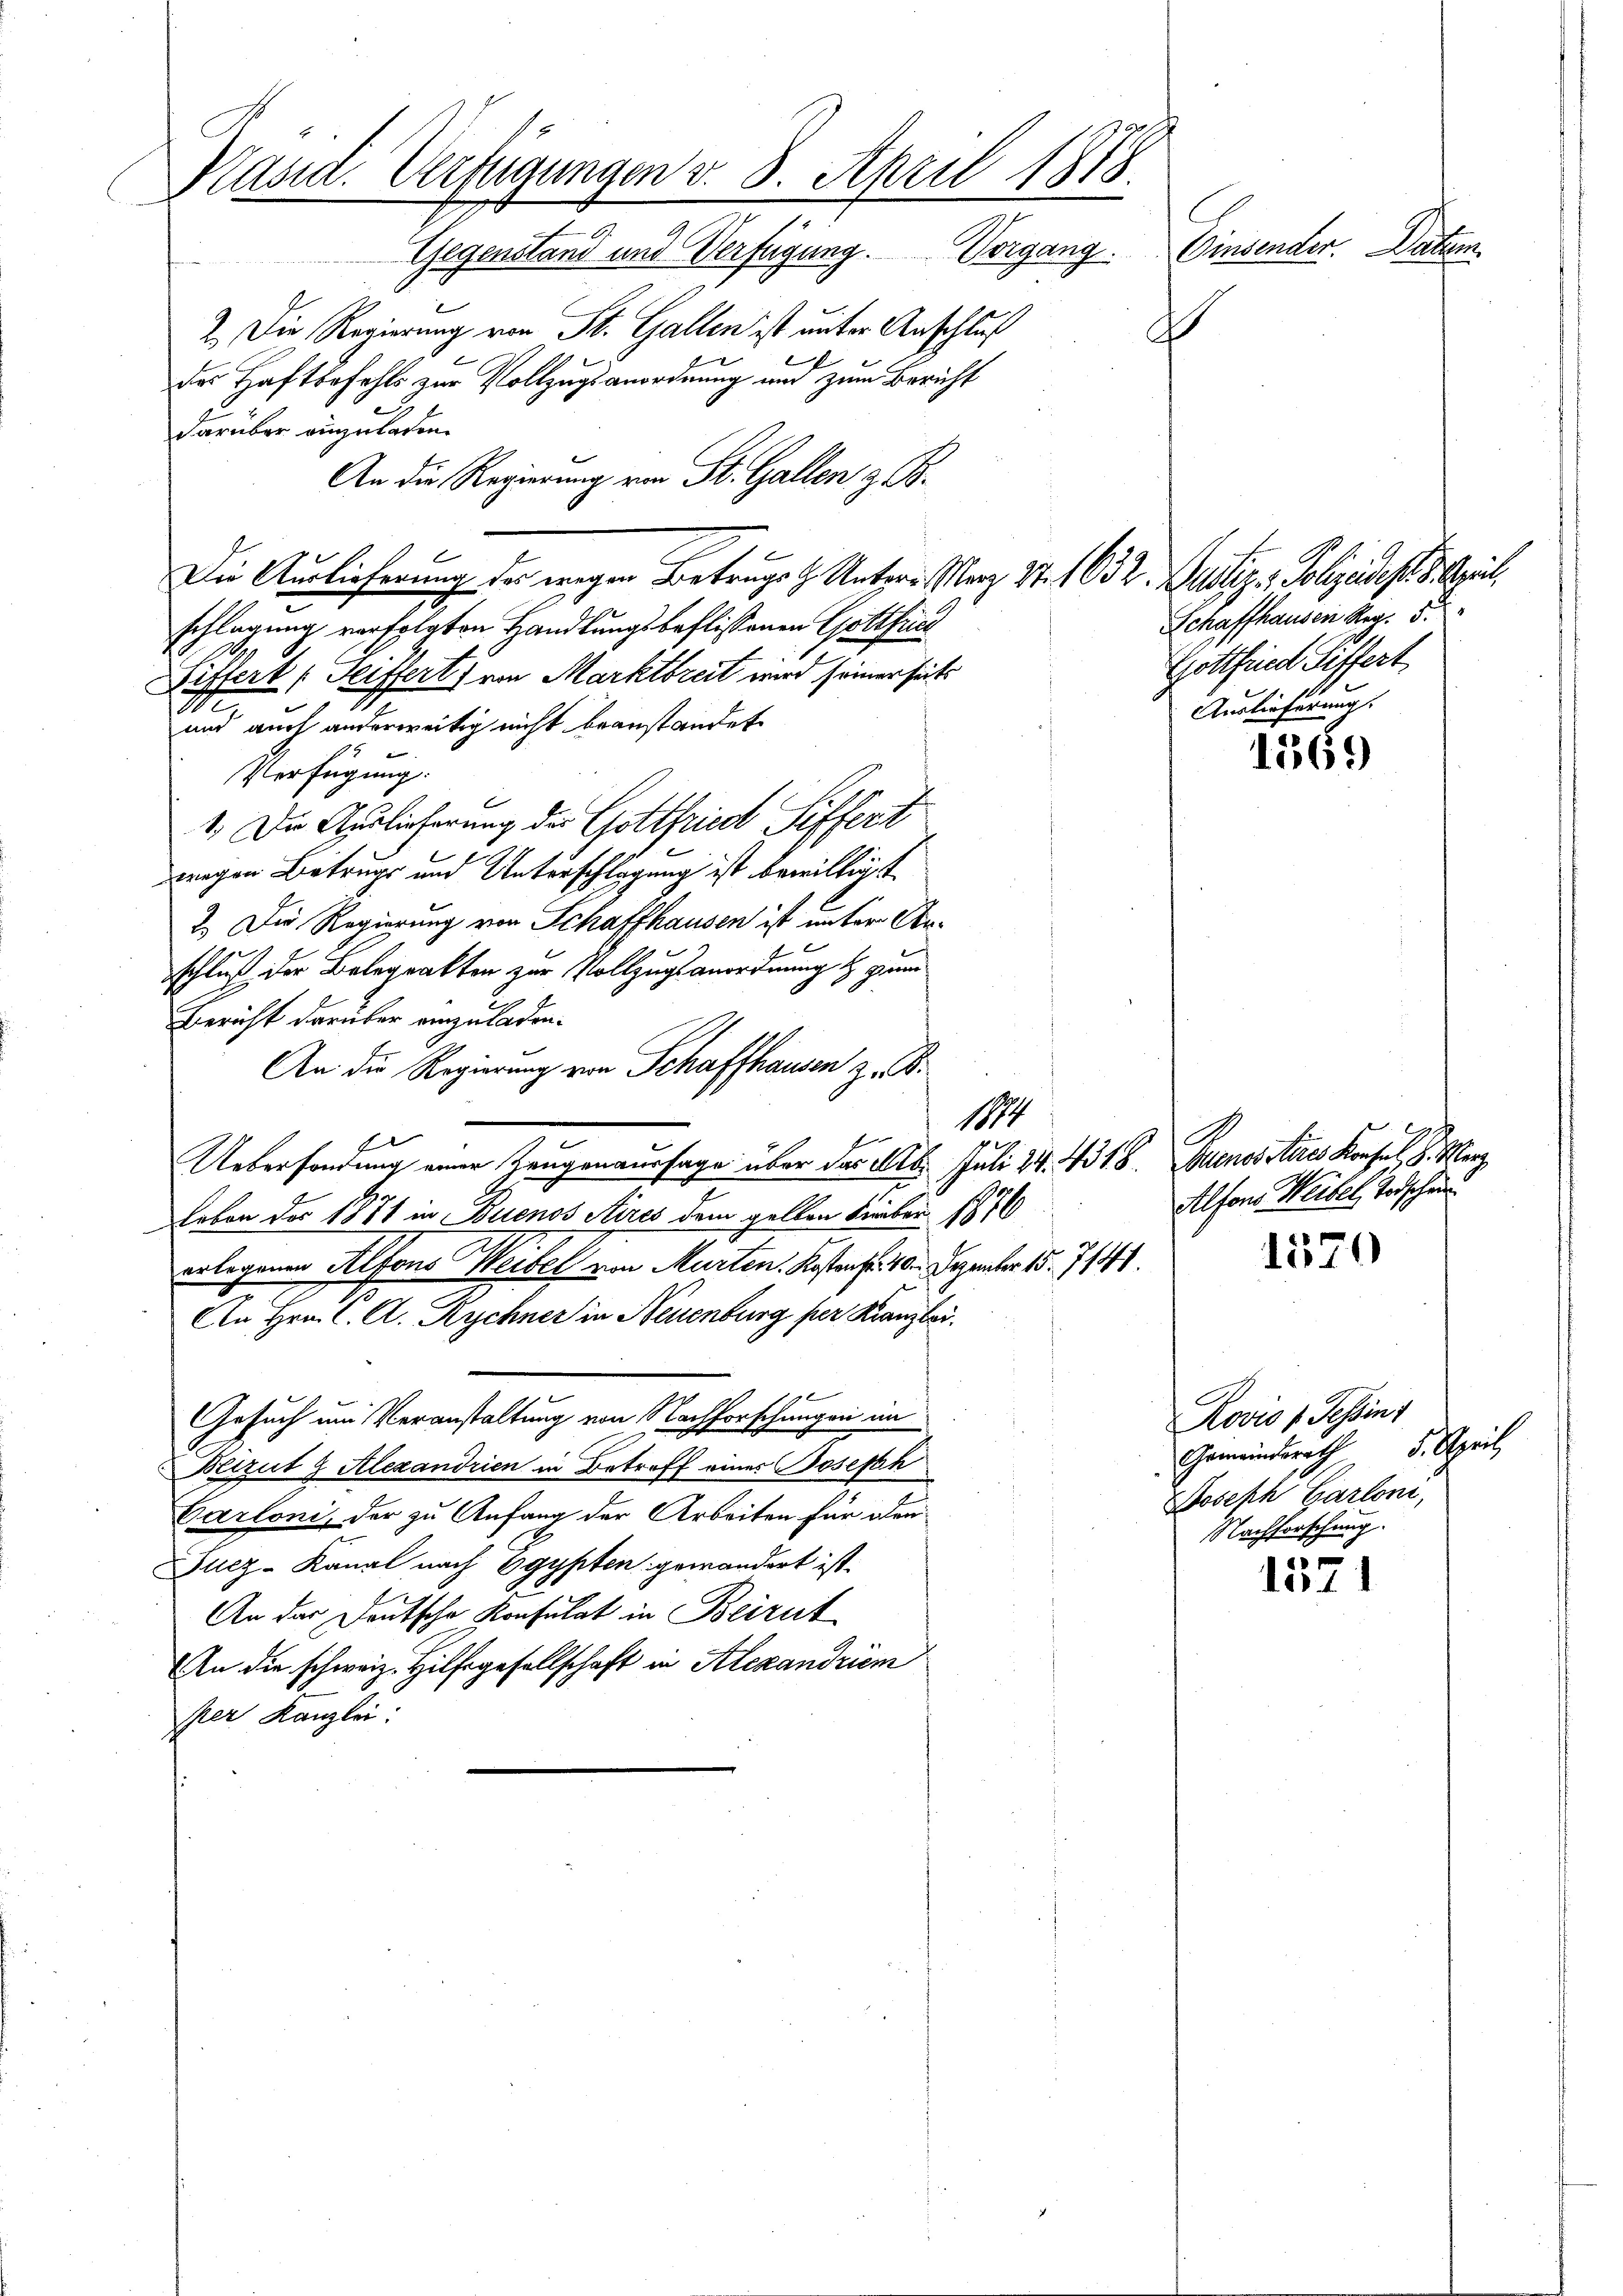
schlagung verfolgten Handlungsbeflissenen Gottfried
Siffert (Seiffert) von Marktbreit wird seiner seits
II.
und auch anderweitig nicht beanstandet
Verfügung:
1.) Die Auslieferung des Gottfried Siffert
wegen Betrugs und Unterschlagung ist bewilligt
2. Die Regierung von Schaffhausen ist unter An-
schluß der Belegralten zur Vollzugsanordnung & zum
Bericht darüber einzuladen.
An die Regierung von Schaffhausen z. B.
1874
u
Uebersendung einer Zeugenaussage über das 16. Juli 24. 4318. Buenosseres Konsul 8. Merz
leben des 1871 in Buenos Aires dem gelten Feber 1876
erlegenen Alfons Weibel von Murten. Kostenfl. 10. Dezember 15. 714.
An Hrn. C. A. Rychner in Neuenburg per Kanzlei.
Gesuch um Veranstaltung von Nachforschungen im
Beizut 9 Alexandrien in Betreff eines Joseph
Garloni, der zu Anfang der Arbeiten für den
Jucz-Kanal nach Egypten gewändert ist.
An der Deutsche Konsulat in Beirut
An die schweiz. Hilfsgesellschaft in Alexandriem
per Kanzlei:

Kasid. Verfügungen v. 8. April 1818.
Einsender. Datum
Gegenstand und Verfügung. Vorgang.
.
2. Die Regierung von St. Gallen ist unter Anschluß
der Haftbefohls zur Vollzugsanordnung und zum Bericht
darüber anzuladen.
An die Regierung von St. Gallen z. B.
f
Die Auslieferung des wegen Betrags h Unters März 27. 1632. Justiz & Polizeides 8. April,

Schaffhausen Reg. 5.
Gottfried Siffert
Auslieferung.

1569

Alfons Weibel, Todschen

1579

1571

Rovio 1. Sessins
Gemeindsrath 5. April
Joseph Cartoni,
Nachforschung.